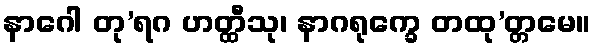
နာဂေါ တု’ရဂ ဟတ္ထီသု၊ နာဂရုက္ခေ တထု’တ္တမေ။